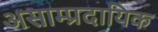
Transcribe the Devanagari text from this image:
असाम्प्रदायिक